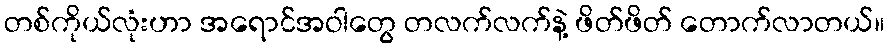
တစ်ကိုယ်လုံးဟာ အရောင်အဝါတွေ တလက်လက်နဲ့ ဖိတ်ဖိတ် တောက်လာတယ်။